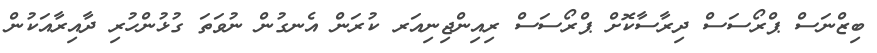
ބިޒްނަސް ޕްރޯސަސް ދިރާސާކޮށް ޕްރޯސަސް ރިއިންޖިނިއަރ ކުރަން އެނގުން ނުވަތަ ގުޅުންހުރި ދާއިރާއަކުން